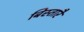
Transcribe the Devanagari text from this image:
बिस्तारै